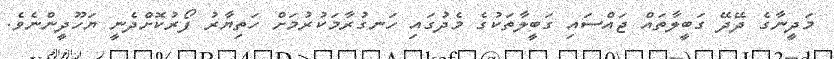
މަދީނާގެ ދޭދޭ ގަބީލާތައް ޖައްސައި ގަބީލާތަކުގެ މެދުގައި ހަނގުރާމަކުރުމަށް ހަތިޔާރު ފޯރުކޮށްދެނީ ޔަހޫދީންނެވެ.